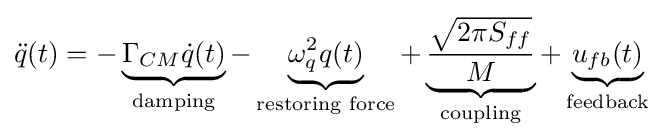
{\ddot {q}}(t)=-\underbrace {\Gamma _{CM}{\dot {q}}(t)} _{\text{damping}}-\underbrace {\omega _{q}^{2}q(t)} _{\text{restoring force}}+\underbrace {\frac {\sqrt {2\pi S_{ff}}}{M}} _{\text{coupling}}+\underbrace {u_{fb}(t)} _{\text{feedback}}